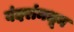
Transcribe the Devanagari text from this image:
बंदरांमधून